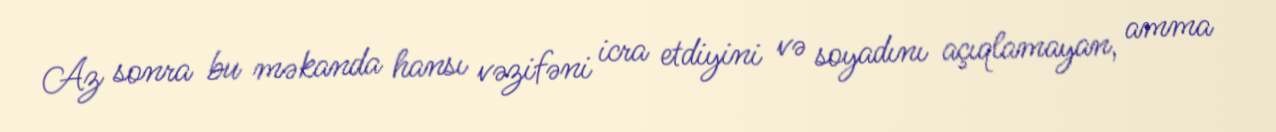
Az sonra bu məkanda hansı vəzifəni icra etdiyini və soyadını açıqlamayan, amma